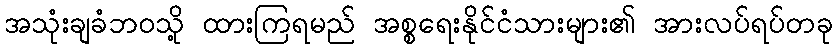
အသုံးချခံဘဝသို့ ထားကြရမည် အစ္စရေးနိုင်ငံသားများ၏ အားလပ်ရပ်တခု